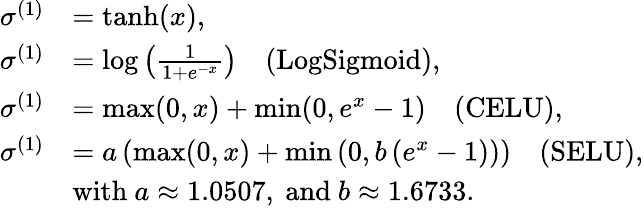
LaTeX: \begin{array}{rl}{\sigma^{(1)}}&{=\operatorname{tanh}(x),}\\ {\sigma^{(1)}}&{=\log\left(\frac{1}{1+e^{-x}}\right)\quad\mathrm{(LogSigmoid)},}\\ {\sigma^{(1)}}&{=\operatorname*{max}(0,x)+\operatorname*{min}(0,e^{x}-1)\quad\mathrm{(CELU)},}\\ {\sigma^{(1)}}&{=a\left(\operatorname*{max}(0,x)+\operatorname*{min}\left(0,b\left(e^{x}-1\right)\right)\right)\quad\mathrm{(SELU)},}\\ &{\mathrm{with}~a\approx 1.0507,~\mathrm{and}~b\approx 1.6733.}\end{array}